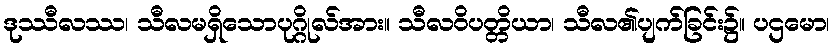
ဒုဿီလဿ၊ သီလမရှိသောပုဂ္ဂိုလ်အား။ သီလဝိပတ္တိယာ၊ သီလ၏ပျက်ခြင်း၌။ ပဌမော၊